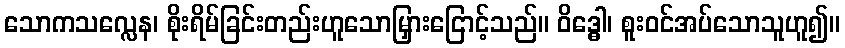
သောကသလ္လေန၊ စိုးရိမ်ခြင်းတည်းဟူသောမြှားငြောင့်သည်။ ဝိဒ္ဓေါ၊ စူးဝင်အပ်သောသူဟူ၍။